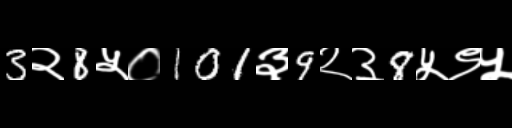
Text: 3२8५०101३9२३8५९५